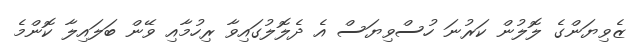
ޒެވިޔަންގެ ލޮލުން ކަރުނަ ހުސްވިޔަސް އެ ދެލޮލުގައިވާ ރިހުމާއި ވޭން ބަލައިލާ ކޮންމެ